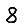
Digit: 8